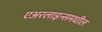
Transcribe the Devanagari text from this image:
एअरलाइन्समधील